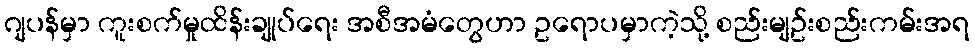
ဂျပန်မှာ ကူးစက်မှုထိန်းချုပ်ရေး အစီအမံတွေဟာ ဥရောပမှာကဲ့သို့ စည်းမျဥ်းစည်းကမ်းအရ